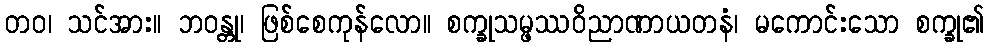
တဝ၊ သင်အား။ ဘဝန္တု၊ ဖြစ်စေကုန်လော။ စက္ခုသမ္ဖဿဝိညာဏာယတနံ၊ မကောင်းသော စက္ခု၏